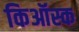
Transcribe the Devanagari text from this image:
किऑस्क